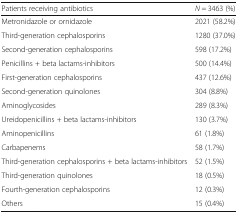
| Patients receiving antibiotics | N = 3463 (%) |
 | --- | --- |
 | Metronidazole or ornidazole | 2021 (58.2%) |
 | Third-generation cephalosporins | 1280 (37.0%) |
 | Second-generation cephalosporins | 598 (17.2%) |
 | Penicillins + beta lactams-inhibitors | 500 (14.4%) |
 | First-generation cephalosporins | 437 (12.6%) |
 | Second-generation quinolones | 304 (8.8%) |
 | Aminoglycosides | 289 (8.3%) |
 | Ureidopenicillins + beta lactams-inhibitors | 130 (3.7%) |
 | Aminopenicillins | 61 (1.8%) |
 | Carbapenems | 58 (1.7%) |
 | Third-generation cephalosporins + beta lactams-inhibitors | 52 (1.5%) |
 | Third-generation quinolones | 18 (0.5%) |
 | Fourth-generation cephalosporins | 12 (0.3%) |
 | Others | 15 (0.4%) |